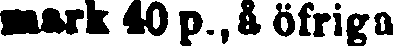
mark 40 p., å öfriga